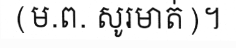
(ម.ព. សូរមាត់)។